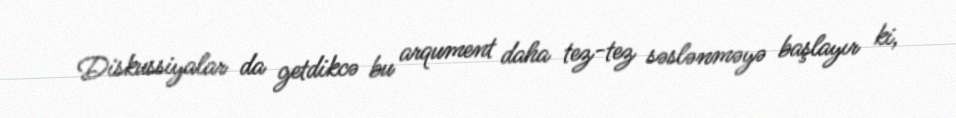
Diskussiyalar da getdikcə bu arqument daha tez-tez səslənməyə başlayır ki,